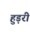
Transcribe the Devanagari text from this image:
हुड़री